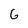
Character: 6